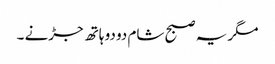
مگر یہ صبح شام دو دو ہاتھ جڑنے ۔